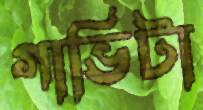
গাভিটা